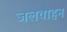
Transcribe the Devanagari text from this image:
जलवाहन